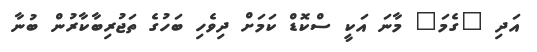
އަދި "ގެމަ" މާނަ އަކީ ސްކޮޑް ކަމަށް ދިވެހި ބަހުގެ ތަޖުރިބާކާރުން ބުނާ